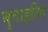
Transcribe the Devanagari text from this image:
बुवाइहिद